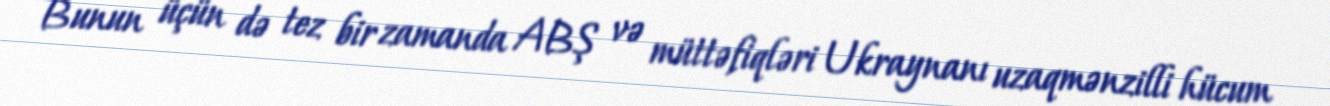
Bunun üçün də tez bir zamanda ABŞ və müttəfiqləri Ukraynanı uzaqmənzilli hücum